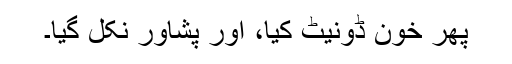
پھر خون ڈونیٹ کیا، اور پشاور نکل گیا۔